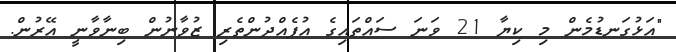
"އަޅުގަނޑުމެން މި ކިޔާ 21 ވަނަ ސައްތައިގެ އުފެއްދުންތެރި ޒުވާނުން ބިނާވާނީ އޭރުން.